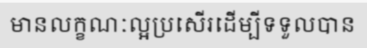
មានលក្ខណៈល្អប្រសើរដើម្បីទទួលបាន